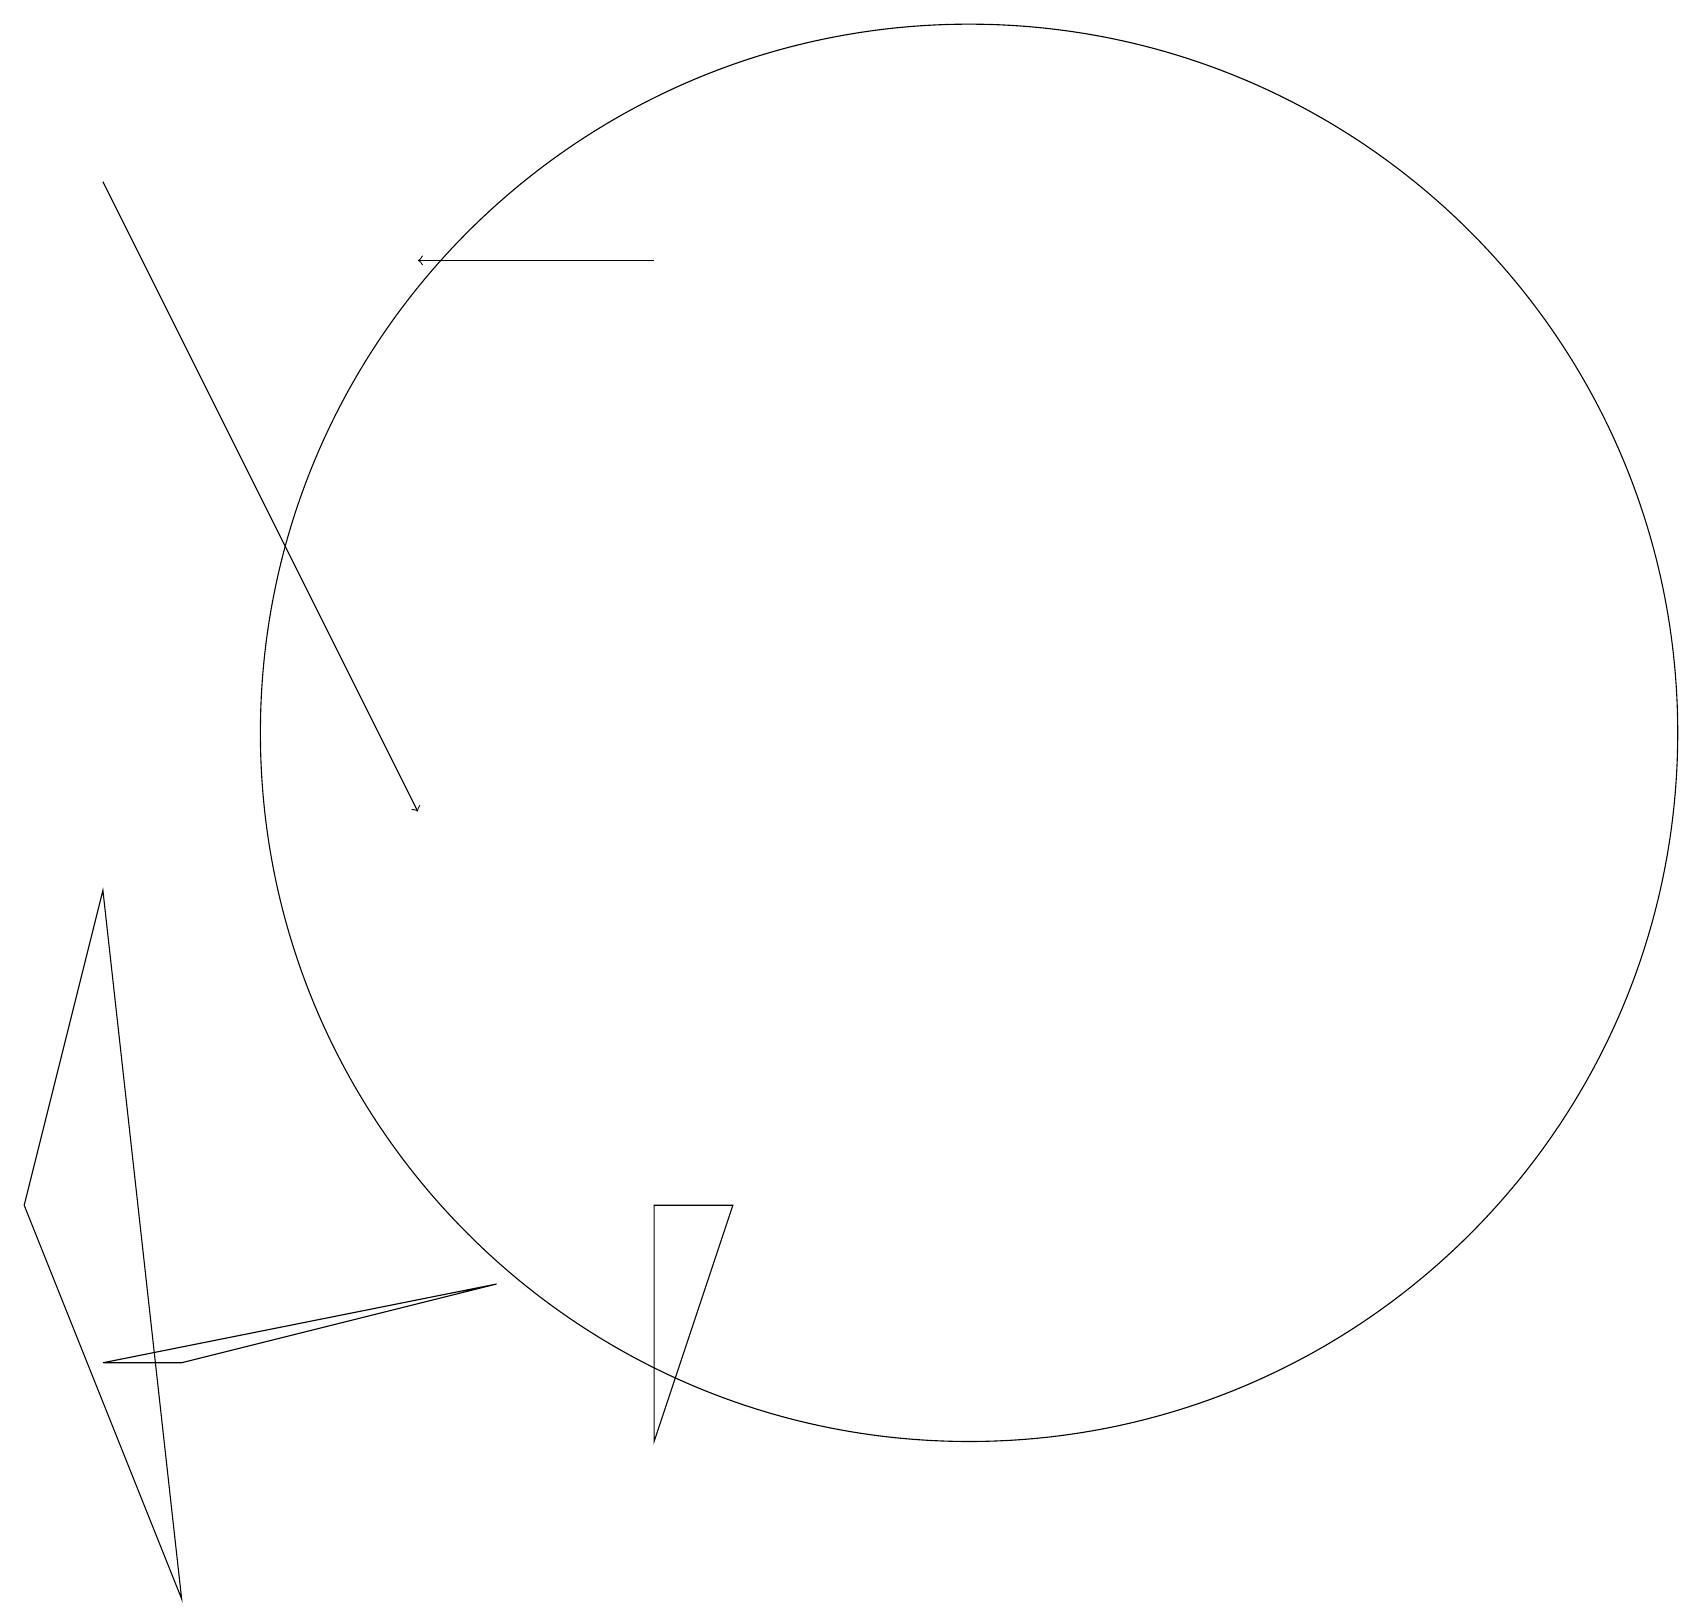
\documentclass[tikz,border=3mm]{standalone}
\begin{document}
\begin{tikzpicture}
\draw[->] (8,17) -- (5,17);
\draw (1,3) -- (2,3) -- (6,4) -- cycle;
\draw (9,5) -- (8,5) -- (8,2) -- cycle;
\draw[->] (1,18) -- (5,10);
\draw (2,0) -- (1,9) -- (0,5) -- cycle;
\draw (12,11) circle (9);
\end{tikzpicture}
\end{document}